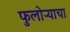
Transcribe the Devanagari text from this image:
फुलोऱ्याचा